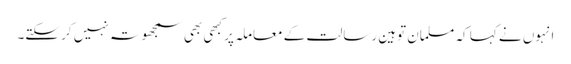
انہوں نے کہا کہ مسلمان توہین رسالت کے معاملہ پر کبھی بھی سمجھوتہ نہیں کر سکتے۔